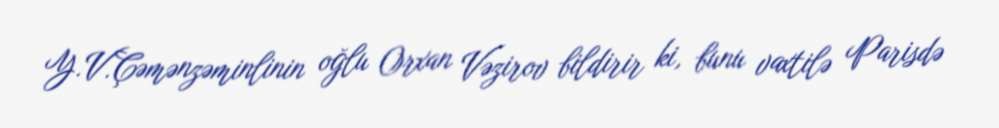
Y.V.Çəmənzəminlinin oğlu Orxan Vəzirov bildirir ki, bunu vaxtilə Parisdə